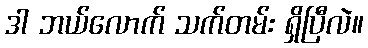
ဒါ ဘယ်လောက် သက်တမ်း ရှိပြီလဲ။